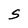
Character: S